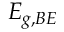
E _ { g , B E }